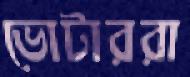
ভোটাররা